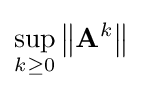
\sup _{k\geq 0}\left\|\mathbf {A} ^{k}\right\|